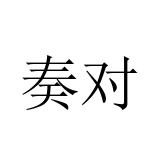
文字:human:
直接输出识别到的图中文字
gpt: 奏对